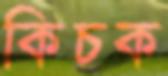
কিচক